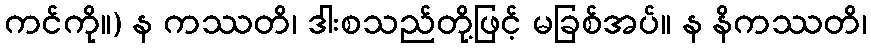
ကင်ကို။) န ကဿတိ၊ ဒါးစသည်တို့ဖြင့် မခြစ်အပ်။ န နိကဿတိ၊